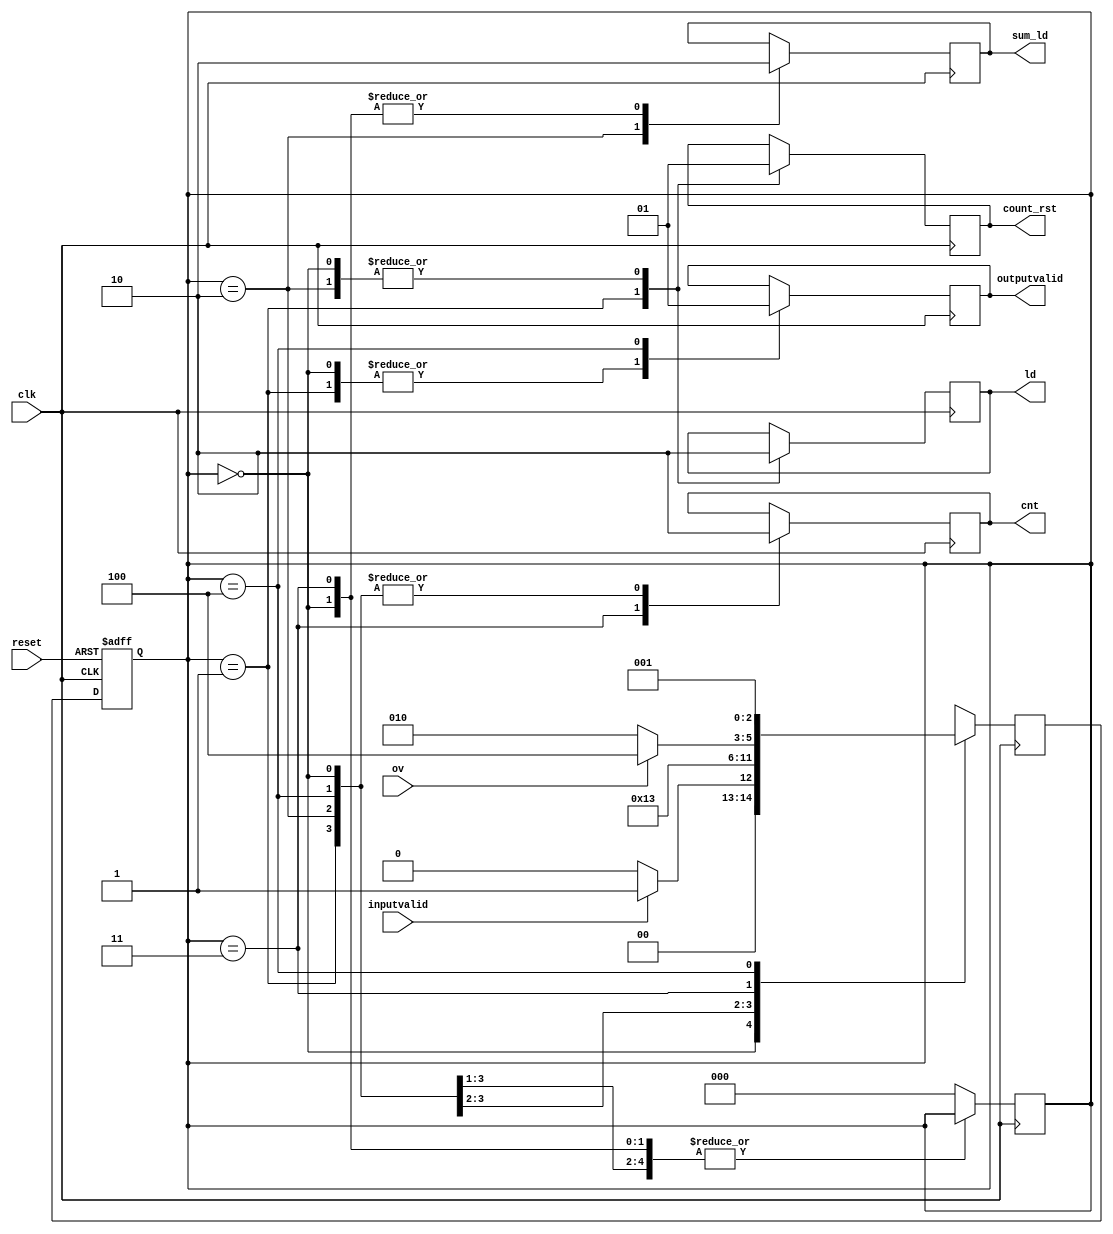
module controller( clk , reset , ov , inputvalid , outputvalid , ld , sum_ld , cnt ,count_rst );
	
	parameter [2:0]START = 3'b000;
	parameter [2:0]GET_INPUT = 3'b001;
	parameter [2:0]CALCULATION = 3'b010;
	parameter [2:0]PREPARE_NEXTCAL = 3'b011;
	parameter [2:0]SIGNAL_OUT = 3'b100;

	input ov , reset , inputvalid , clk;
	output reg outputvalid , ld , sum_ld , cnt ,count_rst;
	
	reg [2:0] curr , next;
	
	initial begin
		curr = START;
		next = 3'bxxx;
	end
	
	always@(posedge clk , negedge reset) begin
		if(!reset) begin
			curr = START;
		end
		else
			curr = next;
	end
	
	always@(posedge clk)begin
		case(curr)
			START: begin
				ld = 0;
				sum_ld = 0;
				cnt = 0;
				outputvalid = 0;
				count_rst = 1;
				if(inputvalid)
					next = GET_INPUT;
				else
					next = START;
				end
			GET_INPUT: begin
				ld = 1;
				count_rst = 0;
				cnt = 0;
				outputvalid = 0;
				next = CALCULATION;
				end
			CALCULATION: begin
				sum_ld = 1;
				ld = 0;
				cnt = 0;
				count_rst = 1;
				next = PREPARE_NEXTCAL;
				end
			PREPARE_NEXTCAL: begin
				sum_ld = 0;
				cnt = 1;
				if(ov)
					next = SIGNAL_OUT;
				else
					next = CALCULATION;
				end
			SIGNAL_OUT: begin
				outputvalid = 1;
				cnt = 0;
				next = GET_INPUT;
				end
			default: begin
				curr = START;
				next = 3'bxxx;
				end
		endcase
	end
endmodule